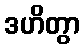
ဒဟိတွာ